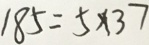
1 8 5 = 5 \times 3 7